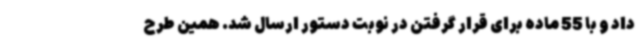
داد و با 55 ماده برای قرار گرفتن در نوبت دستور ارسال شد. همین طرح